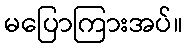
မပြောကြားအပ်။